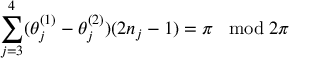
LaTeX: \sum _ { j = 3 } ^ { 4 } ( \theta _ { j } ^ { ( 1 ) } - \theta _ { j } ^ { ( 2 ) } ) ( 2 n _ { j } - 1 ) = \pi \; \; \bmod 2 \pi